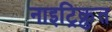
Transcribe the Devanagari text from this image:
नाइट्रिक्रुत